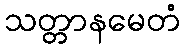
သတ္တာနမေတံ